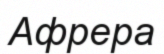
Афрера